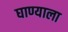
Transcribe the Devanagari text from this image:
घाण्याला